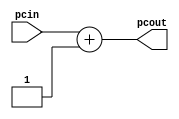
`timescale 1ns / 1ps

////////////////////////////////////////////////////////////////////////////////
// Company:       Universidad Nacional de Cordoba
//
// Module Name:   INCR
// Project Name:  MIPS
// Description:   MIPS Incrementer by 1 implementation in verilog.
//
// Dependencies:  None.
//
////////////////////////////////////////////////////////////////////////////////

module INCR(input [31:0] pcin, 
            output [31:0] pcout);
	// Increment the input by one and assign to the output.
	assign pcout = pcin + 1;
endmodule